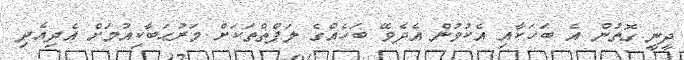
ދީނީ ގޮތުން އެ ބަހަކާއި އެކުވުން އެދެވޭ ބަހެއްގެ ލަފްޡްތަކަށް މަރުޙަބާކިއުމަށް އެދިއެދި